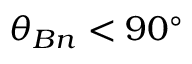
\theta _ { B n } < 9 0 ^ { \circ }